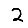
Digit: 2